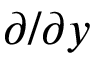
\partial / \partial y